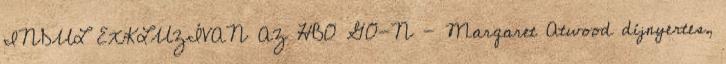
INDUL EXKLUZÍVAN AZ HBO GO-N - Margaret Atwood díjnyertes,